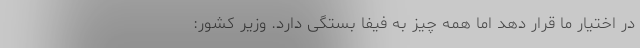
در اختیار ما قرار دهد اما همه چیز به فیفا بستگی دارد. وزیر کشور: